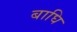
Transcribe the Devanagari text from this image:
बाघि